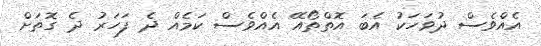
އެއްވެސް ދުވަހަކު އެބަ އޮތްތޯއޭ އެއްވެސް ކަމެއް ދެ ފަހަރު ދެ ގޮތަށް